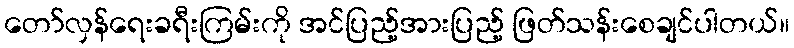
တော်လှန်ရေးခရီးကြမ်းကို အင်ပြည့်အားပြည့် ဖြတ်သန်းစေချင်ပါတယ်။